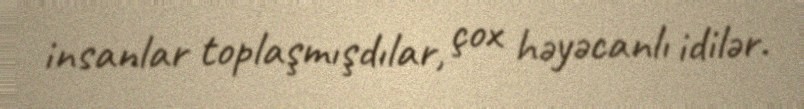
insanlar toplaşmışdılar, çox həyəcanlı idilər.